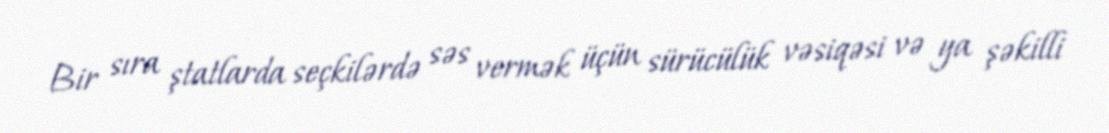
Bir sıra ştatlarda seçkilərdə səs vermək üçün sürücülük vəsiqəsi və ya şəkilli